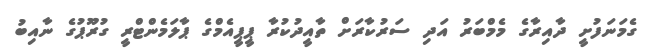
ގެމަނަފުށީ ދާއިރާގެ މެމްބަރު އަދި ސަރުކާރަށް ތާއީދުކުރާ ޕީޕީއެމްގެ ޕާލަމެންޓްރީ ގުރޫޕުގެ ނާއިބު